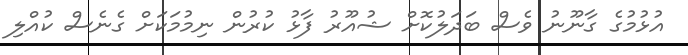
އުޅުމުގެ ގާނޫނު ވެސް ބަދަލުކޮށް ޝުއޫރު ފާޅު ކުރުން ނިމުމަކަށް ގެނެސް ކުއްލި